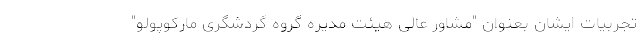
تجربیات ایشان بعنوان "مشاور عالی هیئت مدیره گروه گردشگری مارکوپولو"